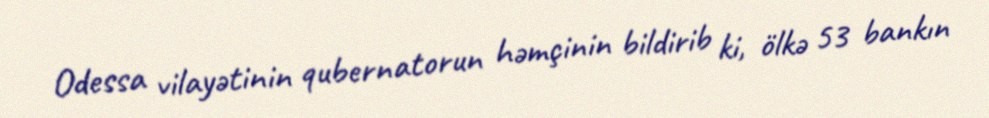
Odessa vilayətinin qubernatorun həmçinin bildirib ki, ölkə 53 bankın